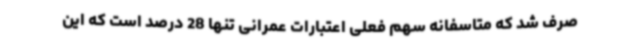
صرف شد که متاسفانه سهم فعلی اعتبارات عمرانی تنها 28 درصد است که این